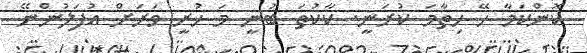
ކޮންކަމާ ހޭ ހިތާމަ ކުރަނީ. ކާކުތަ ބުނީ މަ ހުރީ ވަރަށް އުފަލުންނޭ